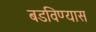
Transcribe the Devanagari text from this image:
बडविण्यास